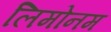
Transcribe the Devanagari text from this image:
लिमोनम